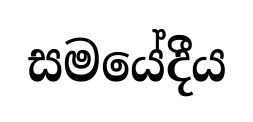
සමයේදීය